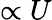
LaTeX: \propto U